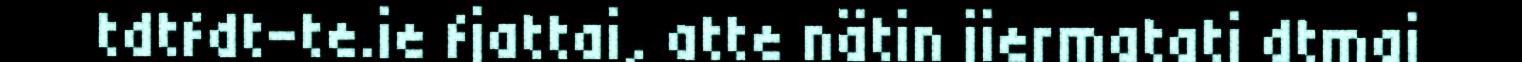
tdtfdt-te.ie fjattai, atte nätin jiermatatj dtmai